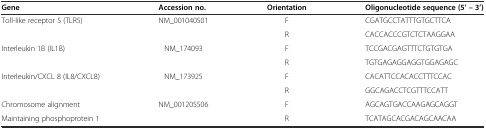
| Gene | Accession no. | Orientation | Oligonucleotide sequence (5’ – 3’) |
 | --- | --- | --- | --- |
 | Toll-like receptor 5 (TLR5) | NM_001040501 | F | CGATGCCTATTTGTGCTTCA |
 |  |  | R | CACCACCCGTCTCTAAGGAA |
 | Interleukin 1B (IL1B) | NM_174093 | F | TCCGACGAGTTTCTGTGTGA |
 |  |  | R | TGTGAGAGGAGGTGGAGAGC |
 | Interleukin/CXCL 8 (IL8/CXCL8) | NM_173925 | F | CACATTCCACACCTTTCCAC |
 |  |  | R | GGCAGACCTCGTTTCCATT |
 | Chromosome alignment | NM_001205506 | F | AGCAGTGACCAAGAGCAGGT |
 | Maintaining phosphoprotein 1 |  | R | TCATAGCACGACAGCAACAA |